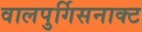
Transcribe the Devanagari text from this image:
वालपुर्गिसनाक्ट